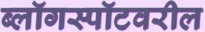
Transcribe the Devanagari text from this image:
ब्लॉगस्पॉटवरील